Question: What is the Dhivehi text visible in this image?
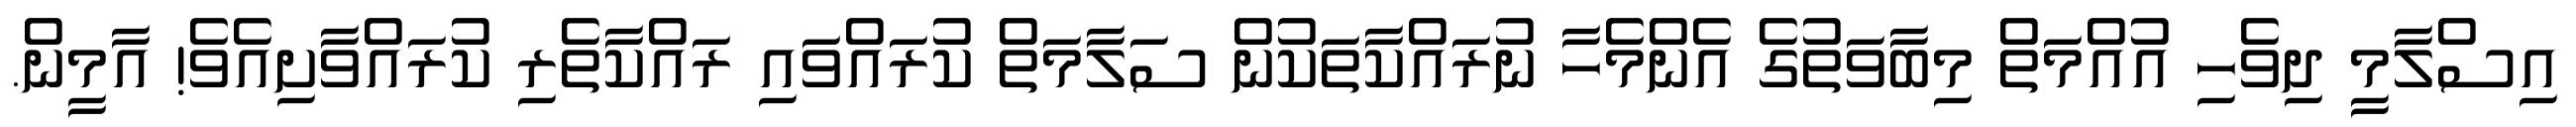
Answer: އިސްލާމީ ދިވެހި އުއްމަތް މިބާވަތުގެ އެންމެހާ ނުރައްކާތަކުން ސަލާމަތް ކުރައްވައި ރައްކާތެރި ކުރައްވާށިއެވެ! އާމީން.